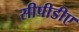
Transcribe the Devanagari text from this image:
सीपीडीए